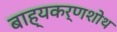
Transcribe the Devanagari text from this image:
बाह्यकर्णशोथ